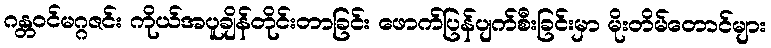
ဂန္တဝင်မဂ္ဂဇင်း ကိုယ်အပူချိန်တိုင်းတာခြင်း ဖောက်ပြန်ပျက်စီးခြင်းမှာ မိုးတိမ်တောင်များ